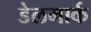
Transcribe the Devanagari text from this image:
डेलमार्क